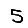
Digit: 5